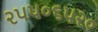
૨૫૫૦૬૫૨૦